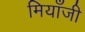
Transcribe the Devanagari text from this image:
मियाँजी